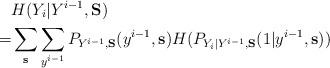
LaTeX: \begin{align*} &H(Y_i | Y^{i-1}, {\bf S}) \\=& \sum_{\bf s} \sum_{y^{i-1}} P_{Y^{i-1}, {\bf S}} (y^{i-1}, {\bf s}) H( P_{ Y_i | Y^{i-1}, {\bf S}}(1| y^{i-1}, {\bf s})) \end{align*}